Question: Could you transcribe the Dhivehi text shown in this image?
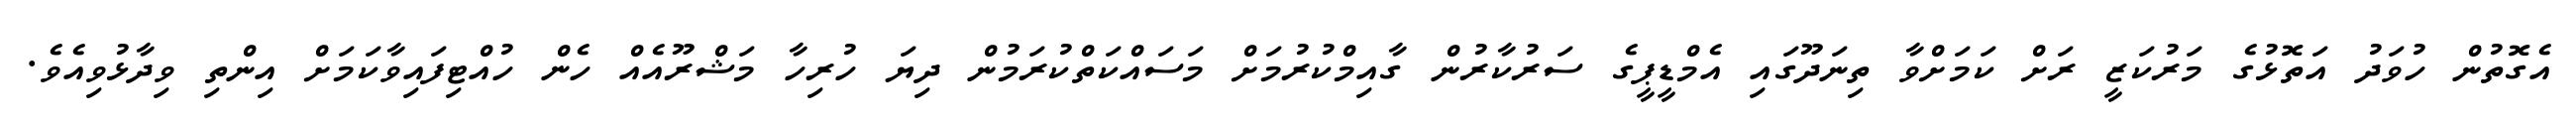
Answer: އެގޮތުން ހުވަދު އަތޮޅުގެ މަރުކަޒީ ރަށް ކަމަށްވާ ތިނަދޫގައި އެމްޑީޕީގެ ސަރުކާރުން ގާއިމްކުރުމަށް މަސައްކަތްކުރަމުން ދިޔަ ހުރިހާ މަޝްރޫއެއް ހެން ހުއްޓިފައިވާކަމަށް އިންތި ވިދާޅުވިއެވެ.